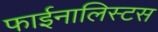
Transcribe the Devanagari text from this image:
फाईनालिस्टस